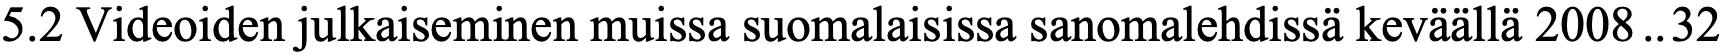
5.2 Videoiden julkaiseminen muissa suomalaisissa sanomalehdissä keväällä 2008..32